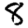
Digit: 8